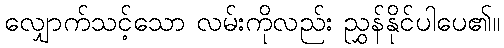
လျှောက်သင့်သော လမ်းကိုလည်း ညွှန်နိုင်ပါပေ၏။